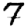
Digit: 7